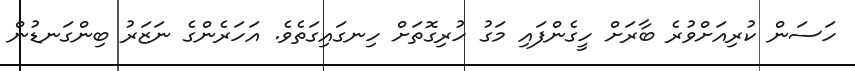
ހަސަން ކުރިއަށްވުރެ ބާރަށް ހީގެންފައި މަގު ހުރިގޮތަށް ހިނގައިގަތެވެ. އަހަރެންގެ ނަޒަރު ބިންގަނޑުން